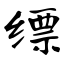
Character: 缥